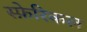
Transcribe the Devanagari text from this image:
स्फ़ेरिकल